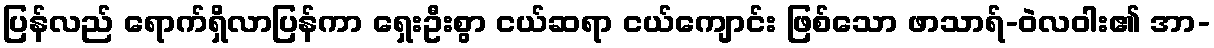
ပြန်လည် ရောက်ရှိလာပြန်ကာ ရှေးဦးစွာ ငယ်ဆရာ ငယ်ကျောင်း ဖြစ်သော ဖာသာရ်-ဝဲလဝါး၏ အာ-